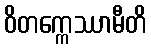
ဝိတက္ကေဿာမီတိ